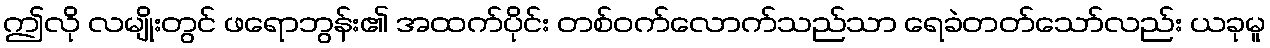
ဤလို လမျိုးတွင် ဖရောဘွန်း၏ အထက်ပိုင်း တစ်ဝက်လောက်သည်သာ ရေခဲတတ်သော်လည်း ယခုမူ